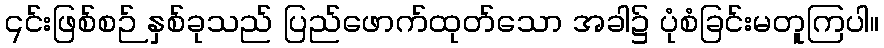
၎င်းဖြစ်စဉ် နှစ်ခုသည် ပြည်ဖောက်ထုတ်သော အခါ၌ ပုံစံခြင်းမတူကြပါ။